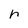
Character: r